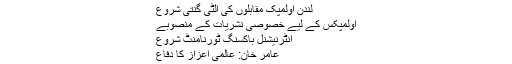
لندن اولمپک مقابلوں کی الٹی گنتی شروع
اولمپکس کے لیے خصوصی نشریات کے منصوبے
انٹرنیشنل باکسنگ ٹورنامنٹ شروع
عامر خان: عالمی اعزاز کا دفاع